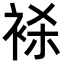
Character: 𬡕